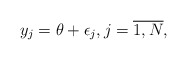
\begin{align*} y_j = \theta+ \epsilon_j, j =\overline{1,N} ,\end{align*}